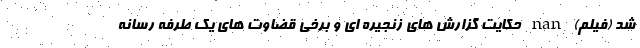
شد (فیلم) nan حکایت گزارش های زنجیره ای و برخی قضاوت های یک طرفه رسانه